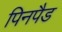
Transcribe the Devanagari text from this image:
पिनपैड